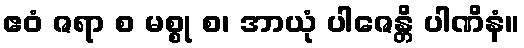
ဧဝံ ဇရာ စ မစ္စု စ၊ အာယုံ ပါဇေန္တိ ပါဏိနံ။